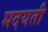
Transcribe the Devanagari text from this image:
मदयती